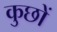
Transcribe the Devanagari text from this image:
कुछों